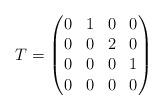
LaTeX: \begin{align*}T= \begin{pmatrix}0 & 1 & 0 & 0 \\0 & 0 & 2 & 0 \\0 & 0 & 0 & 1 \\0 & 0& 0 & 0 \end{pmatrix}\end{align*}